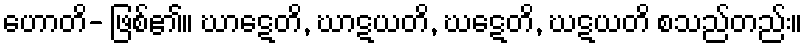
ဟောတိ- ဖြစ်၏။ ဃာဋေတိ, ဃာဋယတိ, ဃဋေတိ, ဃဋယတိ စသည်တည်း။